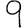
Digit: 9